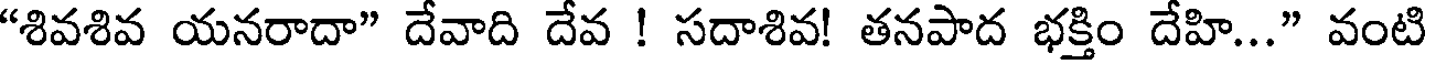
"శివశివ యనరాదా" దేవాది దేవ ! సదాశివ! తనపాద భక్తిం దేహి..." వంటి